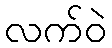
လက်ဝဲ